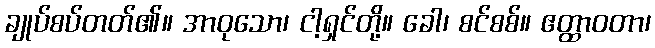
ချုပ်စပ်တတ်၏။ အာဝုသော၊ ငါ့ရှင်တို့။ ခေါ၊ စင်စစ်။ ဧတ္ထာဝတာ၊